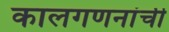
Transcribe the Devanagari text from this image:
कालगणनांची